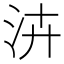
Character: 泋